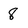
Character: 8